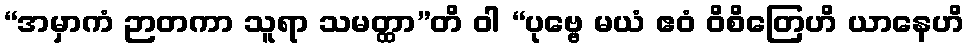
“အမှာကံ ဉာတကာ သူရာ သမတ္ထာ”တိ ဝါ “ပုဗ္ဗေ မယံ ဧဝံ ဝိစိတြေဟိ ယာနေဟိ